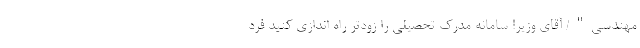
مهندسی"/ آقای وزیر! سامانه مدرک تحصیلی را زودتر راه اندازی کنید فرد